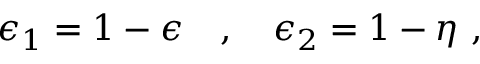
\epsilon _ { 1 } = 1 - \epsilon ~ ~ ~ , ~ ~ ~ \epsilon _ { 2 } = 1 - \eta ~ ,